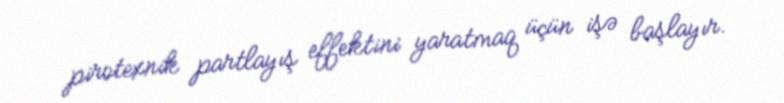
pirotexnik partlayış effektini yaratmaq üçün işə başlayır.